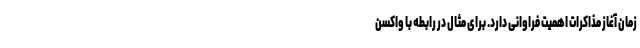
زمان آغاز مذاکرات اهمیت فراوانی دارد. برای مثال در رابطه با واکسن